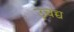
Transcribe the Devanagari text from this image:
उ्चच्च